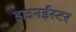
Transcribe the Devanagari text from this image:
डाउनईस्टर